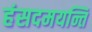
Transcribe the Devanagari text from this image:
हंसदमयन्ति